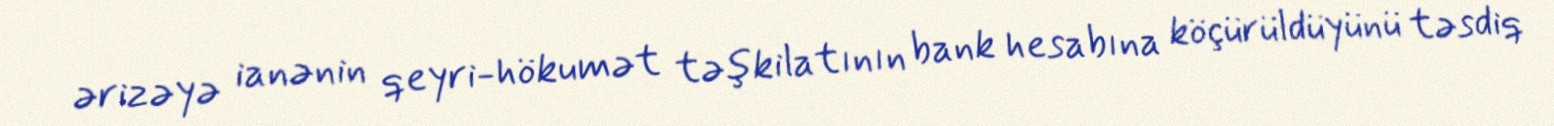
ərizəyə ianənin qeyri-hökumət təşkilatının bank hesabına köçürüldüyünü təsdiq